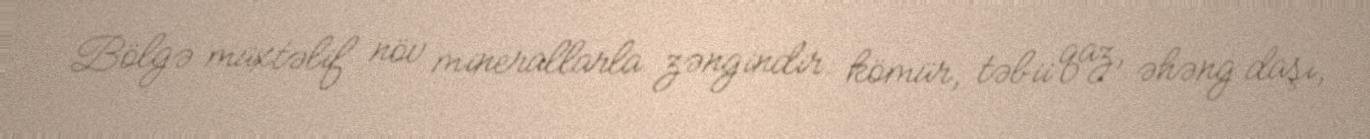
Bölgə müxtəlif növ minerallarla zəngindir: kömür, təbii qaz, əhəng daşı,